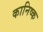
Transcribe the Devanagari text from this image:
कानिष्क